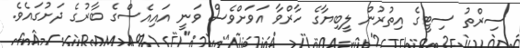
ސިރްތު ސިޓީގެ އިތުރުން ލީބިޔާގެ ހާރްވާ އަވަށްވެސް ވަނީ އައިއެސްގެ ބާރުގެ ދަށުގައެވެ.